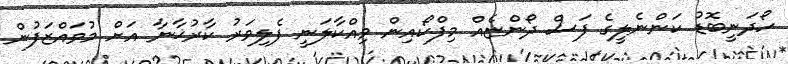
ހޯދަނީބޮޑު ކަންނެލީގެ ފަސް ދޯންޏެއް މިފްކޯއިން ވިއްކާލަނީ ފެލިވަރު ކާރުޚާނާ އަށް މުވައްޒަފުން